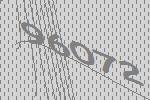
96072